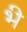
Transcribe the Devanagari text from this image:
भ्‍ी